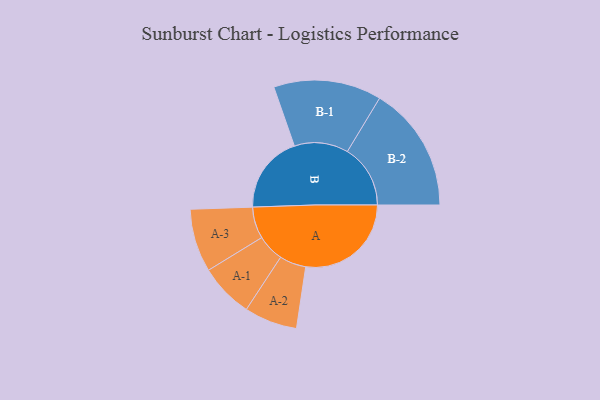
{"axis": {"x": "Segment", "y": "Value"}, "legend": ["", "A", "B"], "data": [{"x": "A", "y": 477, "type": ""}, {"x": "B", "y": 352, "type": ""}, {"x": "A-1", "y": 122, "type": "A"}, {"x": "A-2", "y": 120, "type": "A"}, {"x": "A-3", "y": 143, "type": "A"}, {"x": "B-1", "y": 244, "type": "B"}, {"x": "B-2", "y": 285, "type": "B"}]}